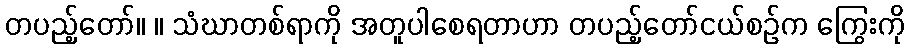
တပည့်တော်။ ။ သံဃာတစ်ရာကို အတူပါစေရတာဟာ တပည့်တော်ငယ်စဉ်က ကြွေးကို